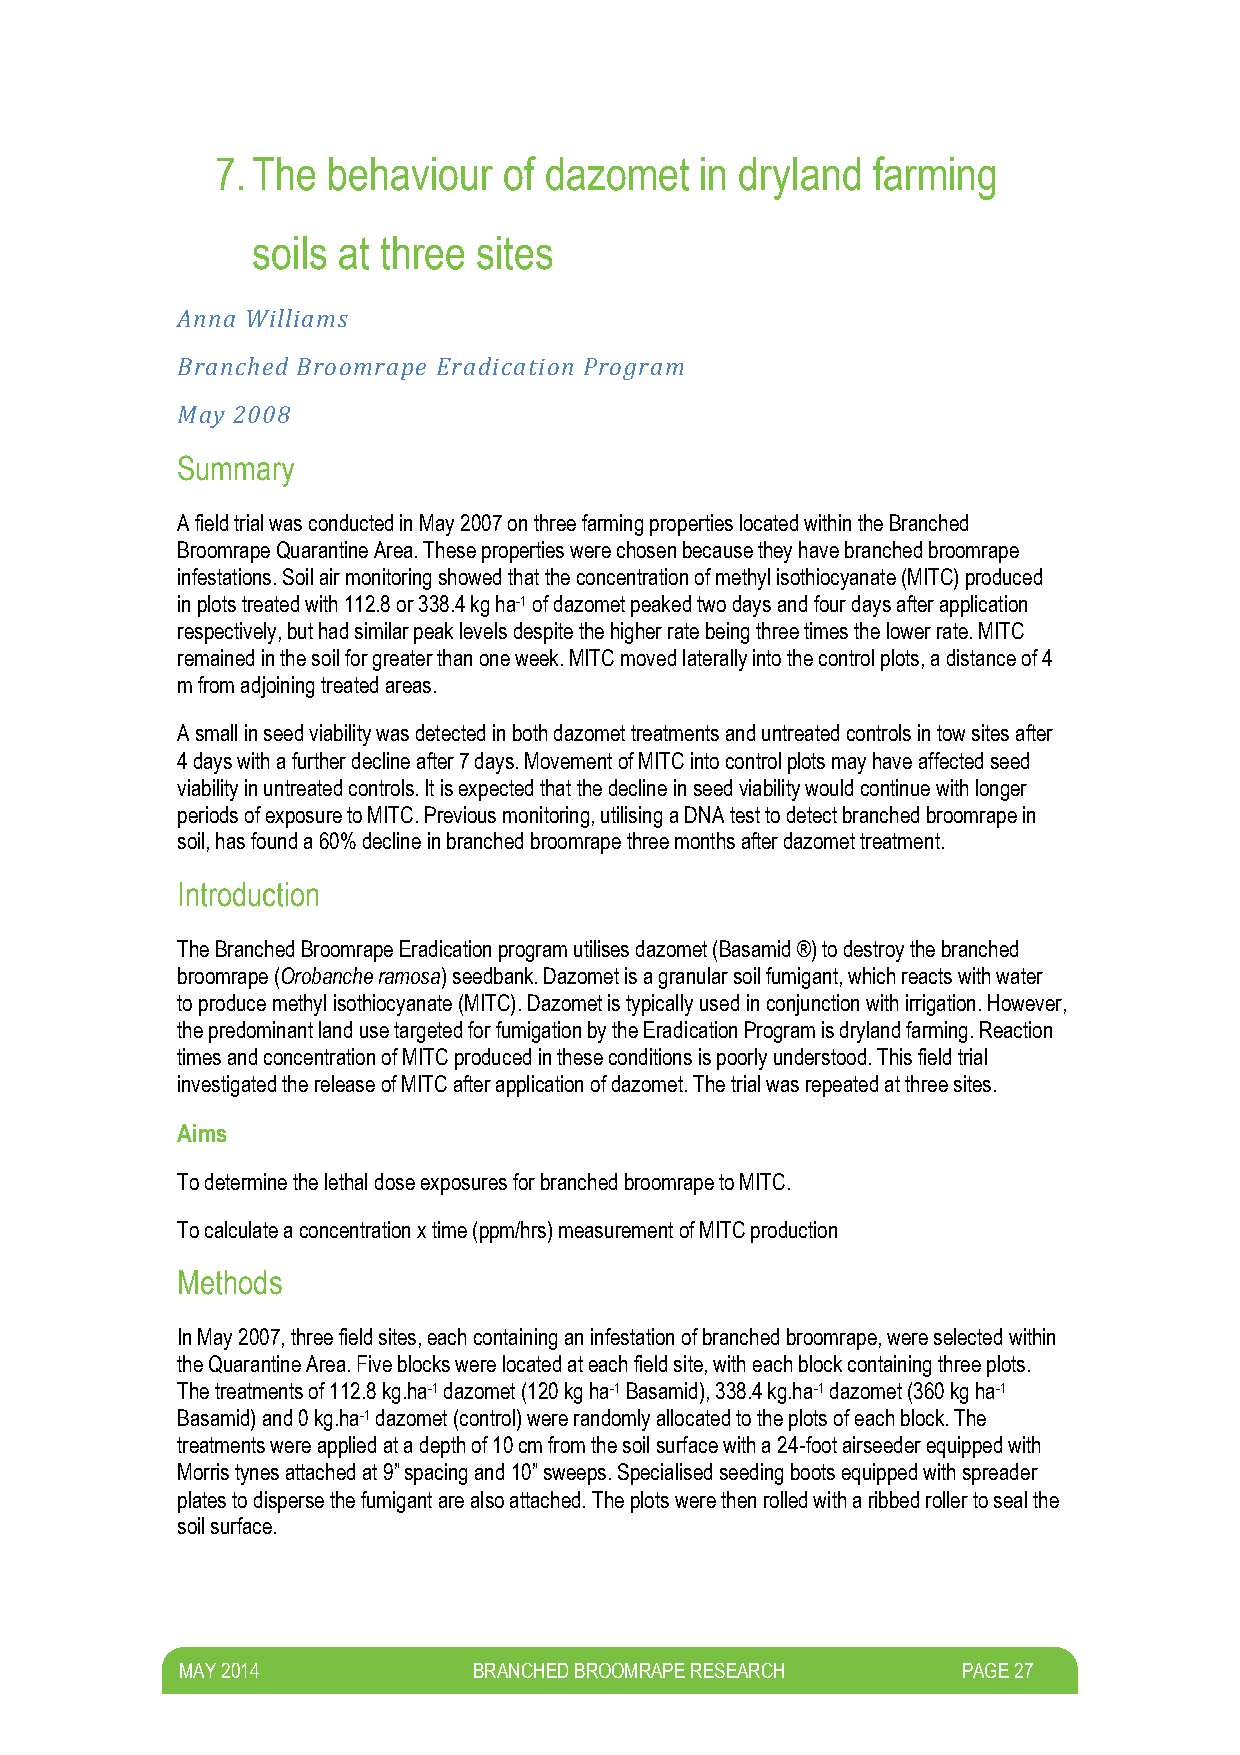
7. The  behaviour  of dazomet   in dryland  farming
 soils at three sites
 Anna Williams
 Branched Broomrape Eradication Program
 May 2008
 Summary
 A field trial was conducted in May 2007 on three farming properties located within the Branched
 Broomrape Quarantine Area. These properties were chosen because they have branched broomrape
 infestations. Soil air monitoring showed that the concentration of methyl isothiocyanate (MITC) produced
 in plots treated with 112.8 or 338.4 kg ha-1 of dazomet peaked two days and four days after application
 respectively, but had similar peak levels despite the higher rate being three times the lower rate. MITC
 remained in the soil for greater than one week. MITC moved laterally into the control plots, a distance of 4
 m from adjoining treated areas.
 A small in seed viability was detected in both dazomet treatments and untreated controls in tow sites after
 4 days with a further decline after 7 days. Movement of MITC into control plots may have affected seed
 viability in untreated controls. It is expected that the decline in seed viability would continue with longer
 periods of exposure to MITC. Previous monitoring, utilising a DNA test to detect branched broomrape in
 soil, has found a 60% decline in branched broomrape three months after dazomet treatment.
 Introduction
 The Branched Broomrape Eradication program utilises dazomet (Basamid ®) to destroy the branched
 broomrape (Orobanche ramosa) seedbank. Dazomet is a granular soil fumigant, which reacts with water
 to produce methyl isothiocyanate (MITC). Dazomet is typically used in conjunction with irrigation. However,
 the predominant land use targeted for fumigation by the Eradication Program is dryland farming. Reaction
 times and concentration of MITC produced in these conditions is poorly understood. This field trial
 investigated the release of MITC after application of dazomet. The trial was repeated at three sites.
 Aims
 To determine the lethal dose exposures for branched broomrape to MITC.
 To calculate a concentration x time (ppm/hrs) measurement of MITC production
 Methods
 In May 2007, three field sites, each containing an infestation of branched broomrape, were selected within
 the Quarantine Area. Five blocks were located at each field site, with each block containing three plots.
 The treatments of 112.8 kg.ha-1 dazomet (120 kg ha-1 Basamid), 338.4 kg.ha-1 dazomet (360 kg ha-1
 Basamid) and 0 kg.ha-1 dazomet (control) were randomly allocated to the plots of each block. The
 treatments were applied at a depth of 10 cm from the soil surface with a 24-foot airseeder equipped with
 Morris tynes attached at 9” spacing and 10” sweeps. Specialised seeding boots equipped with spreader
 plates to disperse the fumigant are also attached. The plots were then rolled with a ribbed roller to seal the
 soil surface.
 M AY 2014          BRANCHED BROOMRAPE RESEARCH      PAGE 27